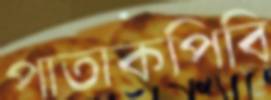
পাতাকপিবি